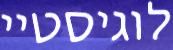
לוגיסטיי